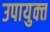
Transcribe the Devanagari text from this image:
उपायुक्‍त